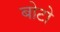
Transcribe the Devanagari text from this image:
बोटो